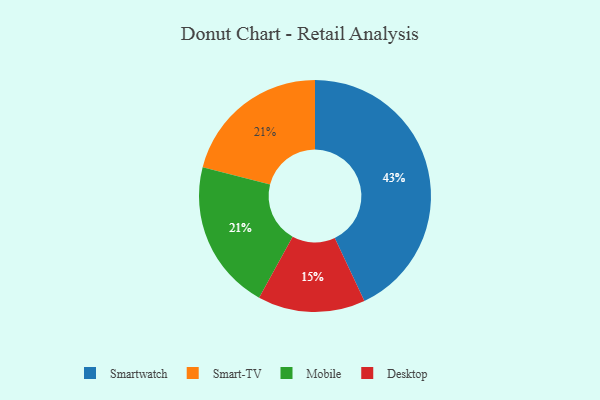
{"axis": {"x": "Category", "y": "Percentage"}, "legend": ["Desktop", "Mobile", "Smart-TV", "Smartwatch"], "data": [{"x": "Smartwatch", "y": 43, "type": "Smartwatch"}, {"x": "Smart-TV", "y": 21, "type": "Smart-TV"}, {"x": "Desktop", "y": 15, "type": "Desktop"}, {"x": "Mobile", "y": 21, "type": "Mobile"}]}